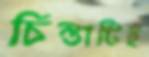
চিন্তাটিই